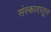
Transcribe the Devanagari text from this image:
संस्कारातून